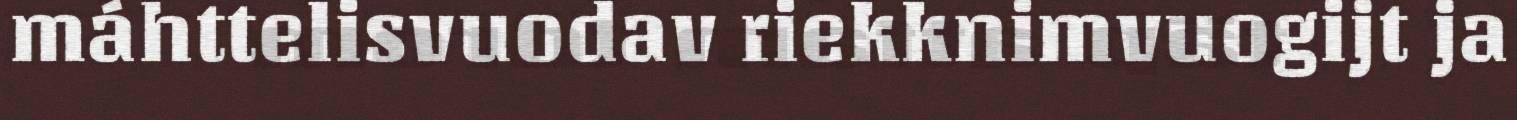
máhttelisvuodav riekknimvuogijt ja